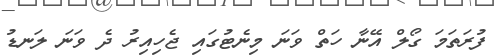
ފުރަތަމަ ގޯލް އޭނާ ހަތް ވަނަ މިނެޓުގައި ޖެހިއިރު ދެ ވަނަ ލަނޑު